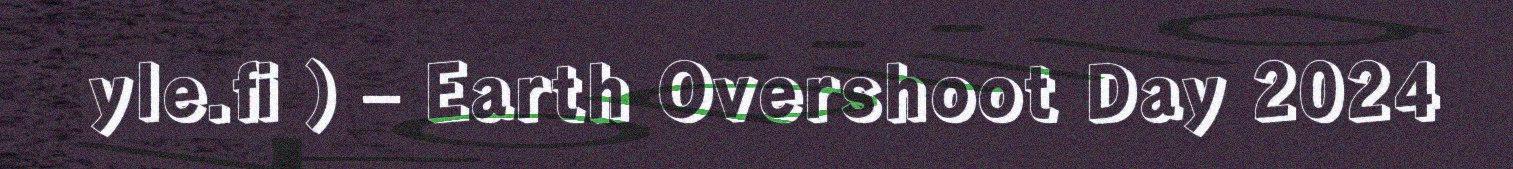
yle.fi ) – Earth Overshoot Day 2024